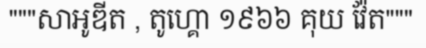
"""សាអូឌីត , តូហ្គោ ១៩៦៦ គុយ វ៉ែត"""